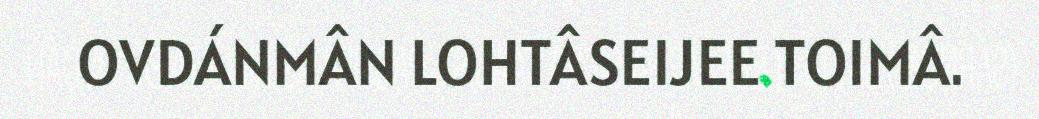
OVDÁNMÂN LOHTÂSEIJEE TOIMÂ.